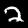
Label: 2